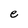
Character: e